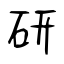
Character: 研